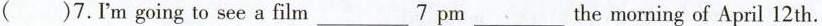
()7.I'm going to see a film ___ 7pm ___ the morning of April 12 th.